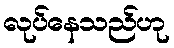
လုပ်နေသည်ဟု